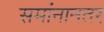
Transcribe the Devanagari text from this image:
समांनानतर